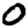
Digit: 0